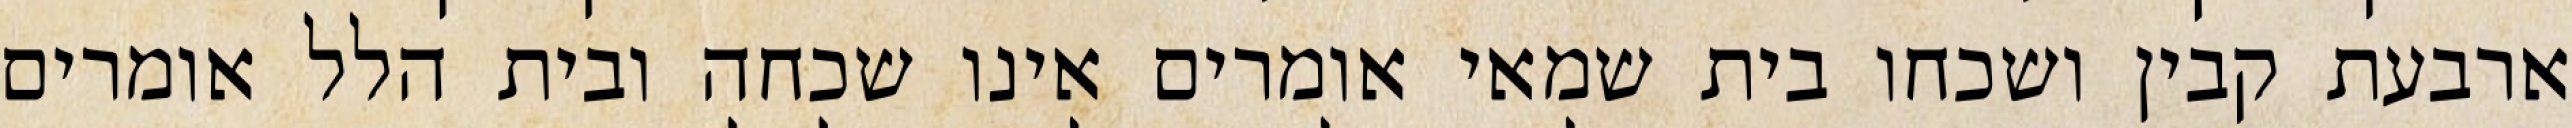
ארבעת קבין ושכחו בית שמאי אומרים אינו שכחה ובית הלל אומרים